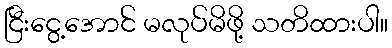
ငြီးငွေ့အောင် မလုပ်မိဖို့ သတိထားပါ။